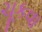
ચૂકવા